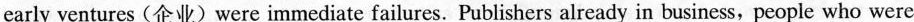
early ventures (企业)were immediate failures. Publishers already in business,people who were